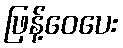
ဖြန့်ဝေပေး